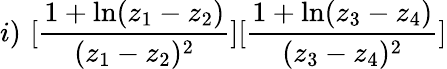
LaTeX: i)\, \, [\frac{1+\ln(z_{1}-z_{2})}{(z_{1}-z_{2})^{2}}][\frac{1+\ln(z_{3}-z_{4})}{(z_{3}-z_{4})^{2}}]